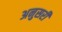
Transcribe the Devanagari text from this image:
अनुसरी